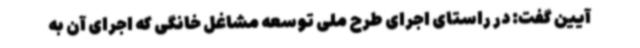
آیین گفت: در راستای اجرای طرح ملی توسعه مشاغل خانگی که اجرای آن به